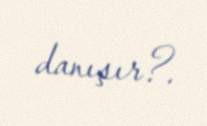
danışır?.